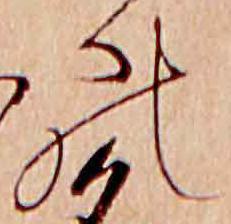
の